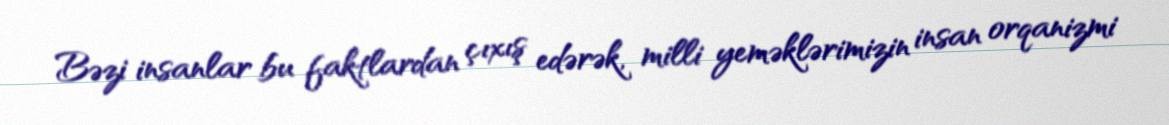
Bəzi insanlar bu faktlardan çıxış edərək, milli yeməklərimizin insan orqanizmi